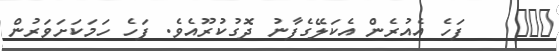
١٢٧    ފަހެ އެއުރެން އެކަލޭގެފާނު ދޮގުކުރޫއެވެ. ފަހެ ހަމަކަށަވަރުން